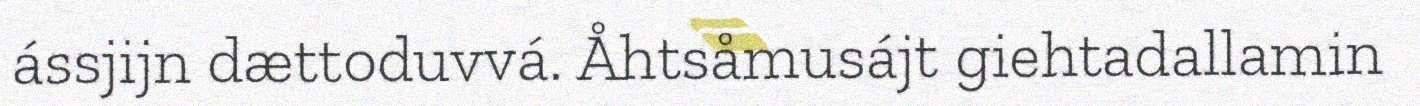
ássjijn dættoduvvá. Åhtsåmusájt giehtadallamin